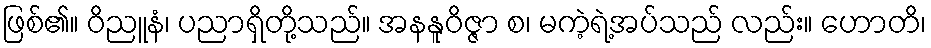
ဖြစ်၏။ ဝိညူနံ၊ ပညာရှိတို့သည်။ အနနူဝိဇ္ဇာ စ၊ မကဲ့ရဲ့အပ်သည် လည်း။ ဟောတိ၊